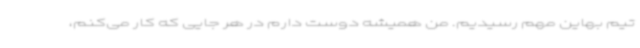
تیم بهاین مهم رسیدیم. من همیشه دوست دارم در هر جایی که کار می‌کنم،